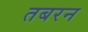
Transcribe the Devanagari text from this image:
तबरन